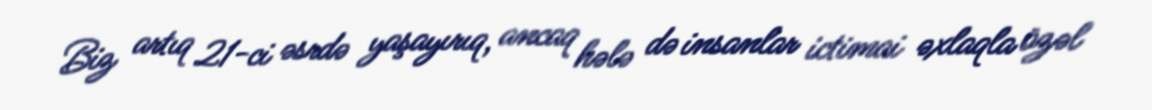
Biz artıq 21-ci əsrdə yaşayırıq, ancaq hələ də insanlar ictimai əxlaqla özəl